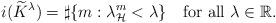
LaTeX: \begin{align*}i(\widetilde{K}^\lambda)=\sharp\{m:\lambda^m_\mathcal H<\lambda\}\quad\mbox{for all }\lambda\in\mathbb R.\end{align*}